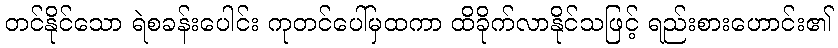
တင်နိုင်သော ရဲစခန်းပေါင်း ကုတင်ပေါ်မှထကာ ထိခိုက်လာနိုင်သဖြင့် ရည်းစားဟောင်း၏